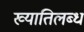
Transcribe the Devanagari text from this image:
ख्‍यातिलब्‍ध